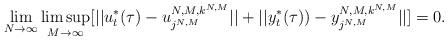
LaTeX: \begin{align*}\lim_{N\rightarrow \infty}\limsup_{M\rightarrow \infty}[ ||u^*_t(\tau)-u^{N,M,k^{N,M}}_{j^{N,M}}|| +||y^*_t(\tau))- y^{N,M,k^{N,M}}_{j^{N,M}}||] = 0. \end{align*}